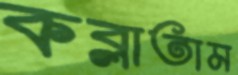
কব্‌লাতাম